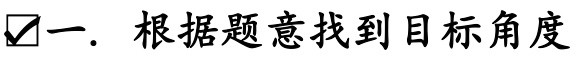
✔一. 根据题意找到目标角度